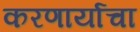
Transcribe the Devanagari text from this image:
करणार्याचा